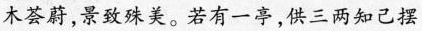
荟蔚，景致殊美。若有一亭，供三两知己摆